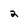
Character: 2